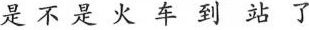
是不是火车到站了